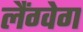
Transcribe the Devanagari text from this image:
लैंग्वेग